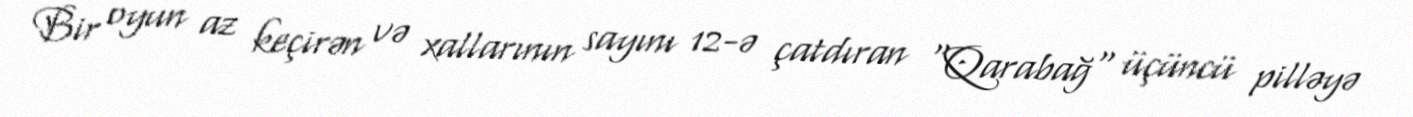
Bir oyun az keçirən və xallarının sayını 12-ə çatdıran "Qarabağ" üçüncü pilləyə